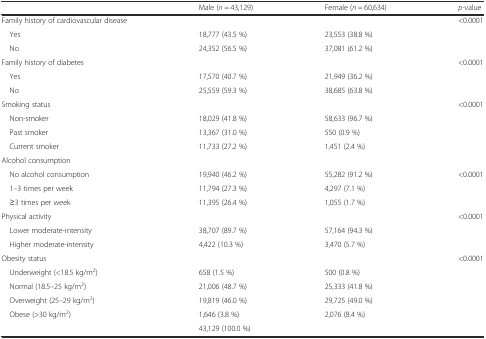
<table><thead><tr><td></td><td><b>Male (<i>n</i> = 43,129)</b></td><td><b>Female (<i>n</i> = 60,634)</b></td><td><b><i>p-</i>value</b></td></tr></thead><tbody><tr><td>Family history of cardiovascular disease</td><td></td><td></td><td>&lt;0.0001</td></tr><tr><td> Yes</td><td>18,777 (43.5 %)</td><td>23,553 (38.8 %)</td><td></td></tr><tr><td> No</td><td>24,352 (56.5 %)</td><td>37,081 (61.2 %)</td><td></td></tr><tr><td>Family history of diabetes</td><td></td><td></td><td>&lt;0.0001</td></tr><tr><td> Yes</td><td>17,570 (40.7 %)</td><td>21,949 (36.2 %)</td><td></td></tr><tr><td> No</td><td>25,559 (59.3 %)</td><td>38,685 (63.8 %)</td><td></td></tr><tr><td>Smoking status</td><td></td><td></td><td>&lt;0.0001</td></tr><tr><td> Non-smoker</td><td>18,029 (41.8 %)</td><td>58,633 (96.7 %)</td><td></td></tr><tr><td> Past smoker</td><td>13,367 (31.0 %)</td><td>550 (0.9 %)</td><td></td></tr><tr><td> Current smoker</td><td>11,733 (27.2 %)</td><td>1,451 (2.4 %)</td><td></td></tr><tr><td colspan="4">Alcohol consumption</td></tr><tr><td> No alcohol consumption</td><td>19,940 (46.2 %)</td><td>55,282 (91.2 %)</td><td>&lt;0.0001</td></tr><tr><td> 1–3 times per week</td><td>11,794 (27.3 %)</td><td>4,297 (7.1 %)</td><td></td></tr><tr><td> ≥3 times per week</td><td>11,395 (26.4 %)</td><td>1,055 (1.7 %)</td><td></td></tr><tr><td>Physical activity</td><td></td><td></td><td>&lt;0.0001</td></tr><tr><td> Lower moderate-intensity</td><td>38,707 (89.7 %)</td><td>57,164 (94.3 %)</td><td></td></tr><tr><td> Higher moderate-intensity</td><td>4,422 (10.3 %)</td><td>3,470 (5.7 %)</td><td></td></tr><tr><td>Obesity status</td><td></td><td></td><td>&lt;0.0001</td></tr><tr><td> Underweight (&lt;18.5 kg/m<sup>2</sup>)</td><td>658 (1.5 %)</td><td>500 (0.8 %)</td><td></td></tr><tr><td> Normal (18.5–25 kg/m<sup>2</sup>)</td><td>21,006 (48.7 %)</td><td>25,333 (41.8 %)</td><td></td></tr><tr><td> Overweight (25–29 kg/m<sup>2</sup>)</td><td>19,819 (46.0 %)</td><td>29,725 (49.0 %)</td><td></td></tr><tr><td> Obese (&gt;30 kg/m<sup>2</sup>)</td><td>1,646 (3.8 %)</td><td>2,076 (8.4 %)</td><td></td></tr><tr><td></td><td>43,129 (100.0 %)</td><td></td><td></td></tr></tbody></table>